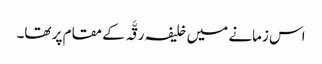
اس زمانے میں خلیفہ رقَّہ کے مقام پر تھا۔